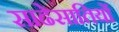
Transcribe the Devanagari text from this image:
साढेसातियों